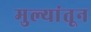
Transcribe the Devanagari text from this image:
मुल्यांतून